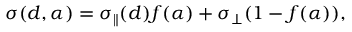
\sigma ( d , \alpha ) = \sigma _ { \parallel } ( d ) f ( \alpha ) + \sigma _ { \perp } ( 1 - f ( \alpha ) ) ,